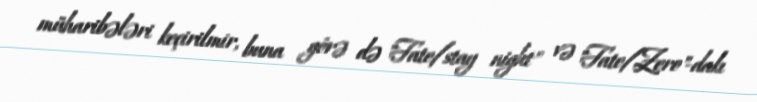
müharibələri keçirilmir, buna görə də "Fate/stay night" və "Fate/Zero"-dakı